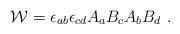
LaTeX: \begin{align*}{\cal W}=\epsilon_{ab}\epsilon_{cd} A_a B_c A_b B_d~.\end{align*}